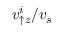
v _ { \uparrow z } ^ { i } / v _ { s }